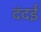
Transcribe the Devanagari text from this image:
दंदई